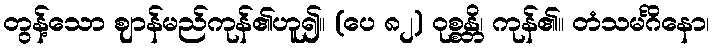
တွန့်သော ဈာန်မည်ကုန်၏ဟူ၍။ (ပေ ၈၂) ဝုစ္စန္တိ၊ ကုန်၏။ တံသမင်္ဂိနော၊